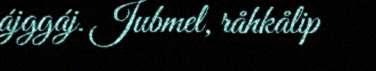
ájggáj. Jubmel, råhkålip